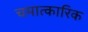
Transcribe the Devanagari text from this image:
चमात्कारिक